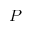
P